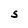
Character: S